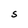
Character: S